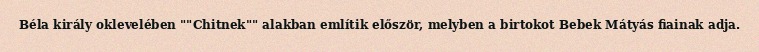
Béla király oklevelében ""Chitnek"" alakban említik először, melyben a birtokot Bebek Mátyás fiainak adja.